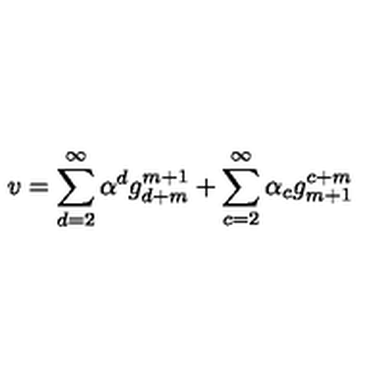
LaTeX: v = \sum _ { d = 2 } ^ { \infty } \alpha ^ { d } g _ { d + m } ^ { m + 1 } + \sum _ { c = 2 } ^ { \infty } \alpha _ { c } g _ { m + 1 } ^ { c + m }